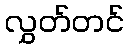
လွှတ်တင်